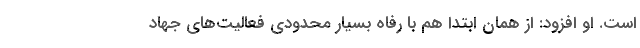
است. او افزود: از همان ابتدا هم با رفاه بسیار محدودی فعالیت‌های جهاد